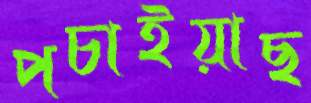
পচাইয়াছ